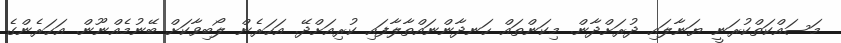
މަސައްކަތްކުރަނީ ޔަނާލައި ދުރަށްދާން. މިކަންތައް ހަނދާންނައްތާލާފައި ކުރިއަށްދޭ. އަހަރެން ލޯބިވާކަށް ބޭނުމެއްނޫން. އަހަރެންގެ